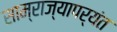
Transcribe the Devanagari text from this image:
साम्राज्यापर्यंत